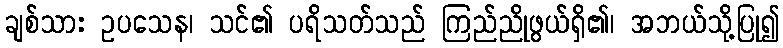
ချစ်သား ဥပသေန၊ သင်၏ ပရိသတ်သည် ကြည်ညိုဖွယ်ရှိ၏၊ အဘယ်သို့ပြု၍